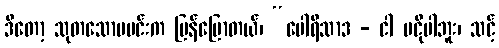
ဒီတော့ သုတသောမမင်းက ပြန်ပြောတယ်၊ “ပေါရိသာဒ - ငါ မငိုပါဘူး၊ သင့်